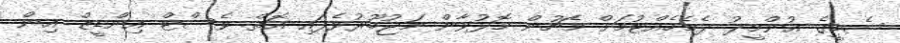
ސެމީގެ އުންމީދު ދެމެހެއްޓުމަށް މެޗުން މޮޅުވާން މަޖުބޫރުވެފައި އޮތް ވެސްޓް އިންޑީޒް އިން